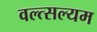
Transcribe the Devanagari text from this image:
वल्त्सल्यम